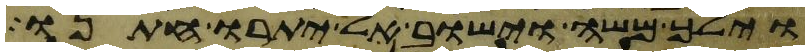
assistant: וילך משה וישב אל יתרו חתנו